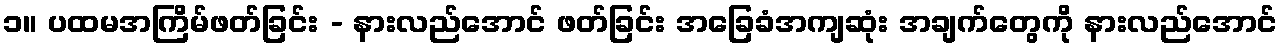
၁။ ပထမအကြိမ်ဖတ်ခြင်း - နားလည်အောင် ဖတ်ခြင်း အခြေခံအကျဆုံး အချက်တွေကို နားလည်အောင်